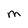
Character: M